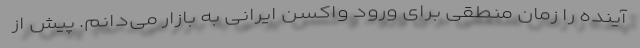
آینده را زمان منطقی برای ورود واکسن ایرانی به بازار می‌دانم. پیش از